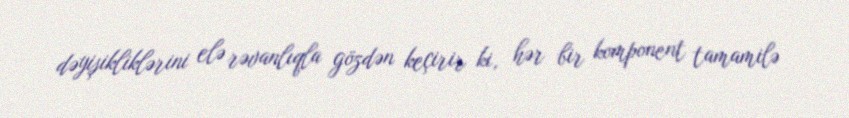
dəyişikliklərini elə rəvanlıqla gözdən keçirir ki, hər bir komponent tamamilə